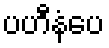
ပဟီနံပေ